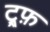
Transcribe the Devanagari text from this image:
ट्र्फ़